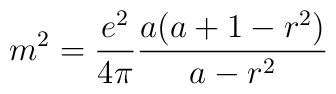
m^2 = {e^2 \over 4\pi}  {a (a+1-r^2) \over a-r^2}